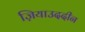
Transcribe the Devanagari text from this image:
ज़ियाउददीन